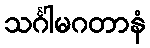
သင်္ဂါမဂတာနံ